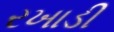
રખાડી